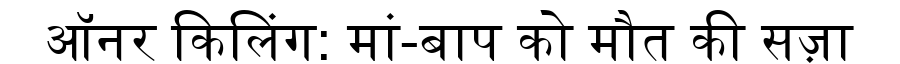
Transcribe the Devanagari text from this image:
ऑनर किलिंग: मां-बाप को मौत की सज़ा